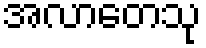
အလာတေသု